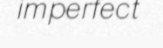
imperfect